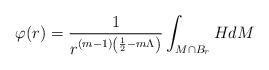
LaTeX: \begin{align*}\varphi(r)=\frac{1}{r^{(m-1)\left(\frac{1}{2} - m\Lambda\right)}}\int_{M\cap B_r} H dM\end{align*}